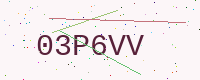
Text: 03P6VV